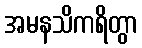
အမနသိကရိတွာ